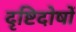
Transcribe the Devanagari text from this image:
दृष्टिदोषों